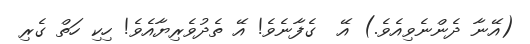
(އޭނާ ދެންނެވިއެވެ.) އޭ  ގެފާނެވެ! އޭ ތެދުވެރިޔާއެވެ! ހިކި ހަތް ގެރި